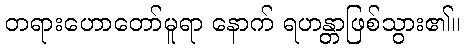
တရားဟောတော်မူရာ နောက် ရဟန္တာဖြစ်သွား၏။